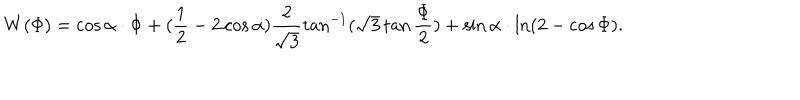
W ( \Phi ) = \cos \alpha \cdot \Phi + ( \frac { 1 } { 2 } - 2 \cos \alpha ) \frac { 2 } { \sqrt { 3 } } \tan ^ { - 1 } ( \sqrt { 3 } \tan \frac { \Phi } { 2 } ) + \sin \alpha \cdot \ln ( 2 - \cos \Phi ) .